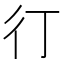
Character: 㣔